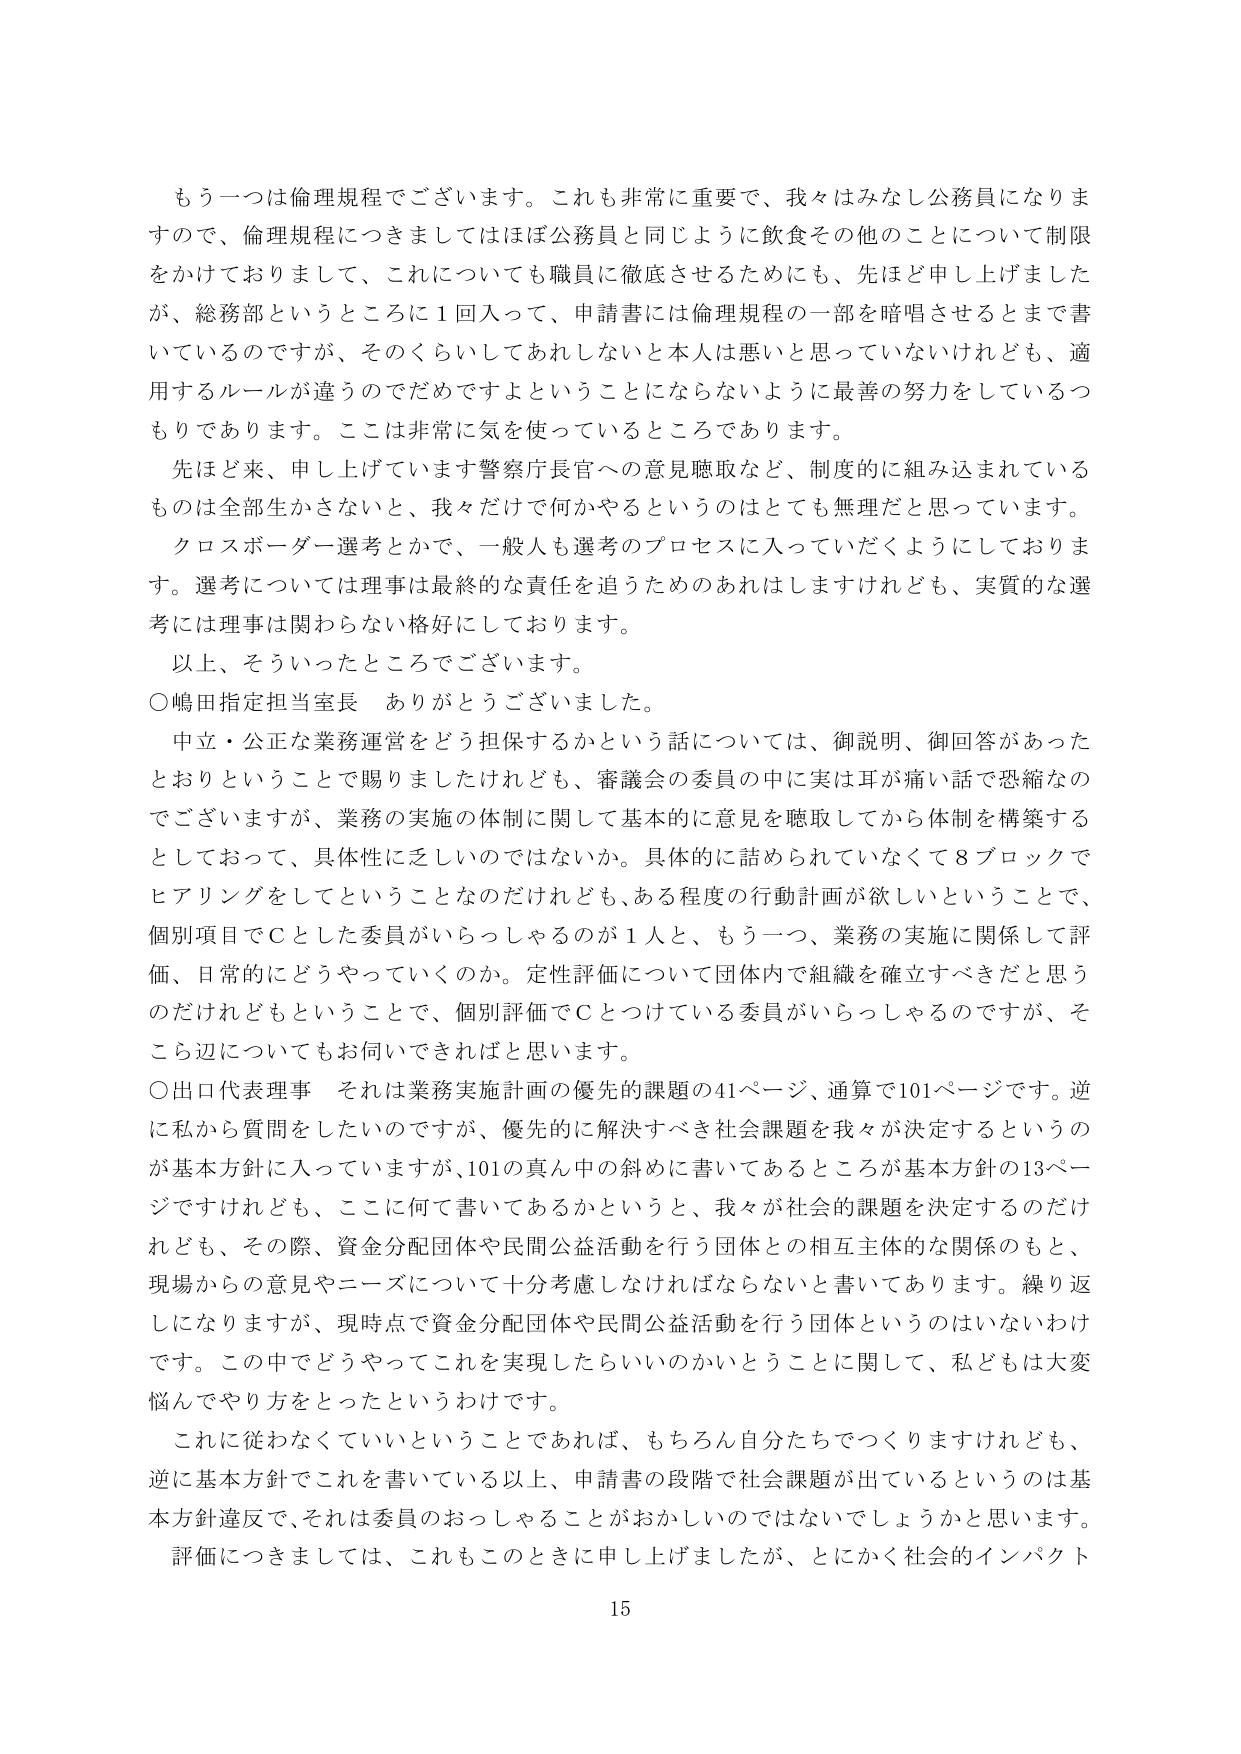
もう一つは倫理規程でございます。これも非常に重要で、我々はみなしご務員になりま
すので、倫理規程につきましてはほぼ公務員と同じように飲食その他のことについて制限
をかけておりまして、これについても職員に徹底させるためにも、先ほど申し上げました
が、総務部というところに1回入って、申請書には倫理規程の一部を暗唱させるまで書
いているのですが、そのくらいしてあればないと本人は悪いと思っていないけれども、適
用するルールが違うのでだめですよということにならないように最善の努力をしているつ
もりであります。ここは非常に気を使っているところであります。
先ほど来、申し上げています警察庁長官への意見聴取など、制度的に組み込まれている
ものは全部生かさないと、我々だけで何かやるというのはとても無理だと思っています。
クロスボーダー選考とかで、一般人も選考のプロセスに入っていただくようにしておりま
す。選考については理事は最終的な責任を追うためのあれはしますけれども、実質的な選
考には理事は関わらない格好にしております。
以上、そういったところでございます。
○嶋田指定担当室長 ありがとうございました。
中立・公正な業務運営をどう担保するかという話については、御説明、御回答があった
とおりということで賜りましたけれども、審議会の委員の中に実は耳が痛い話で恐縮なの
でございますが、業務の実施の体制に関して基本的に意見を聴取してから体制を構築する
としておって、具体性に乏しいのではないか。具体的に話められていないくて8ブロックで
ヒアリングをしてということなのだけれども、ある程度の行動計画が欲しいということで、
個別項目でCとした委員がいらっしゃるのが1人と、もう一つ、業務の実施に関して評
価、日常的にどうやっていくのか。定性評価について団体内で組織を確立すべきだと思う
のだけれどもということで、個別評価でCとつけている委員がいらっしゃるのですが、そ
こら辺についてもお伺いできればと思います。
○出口代表理事 それは業務実施計画の優先的課題の41ページ、通算で101ページです。逆
に私から質問をしたいのですが、優先的に解決すべき社会課題を我々が決定するというの
が基本方針に入っていますが、101の真ん中の斜めに書いてあるところが基本方針の13ペー
ジですけれども、ここに何て書いてあるかというと、我々が社会的課題を決定するのだけ
れども、その際、資金分配団体や民間公益活動を行う団体との相互主体的な関係のもと、
現場からの意見やニーズについて十分考慮しなければならないと書いてあります。繰り返
しになりますが、現時点で資金分配団体や民間公益活動を行う団体というのはないわけ
です。この中でどうやってこれを実現したらいいのかいということに関して、私どもは大変
悩んでやり方をとったというわけです。
これに従わなくていいということであれば、もちろん自分たちでつくりますけれども、
逆に基本方針でこれを書いている以上、申請書の段階で社会課題が出ているというのは基
本方針違反で、それは委員のおっしゃることがおかしいのではないでしょうかと思います。
評価につきましては、これもこのときに申し上げましたが、とにかく社会的インパクト
15